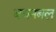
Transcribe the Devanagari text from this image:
बधनबल